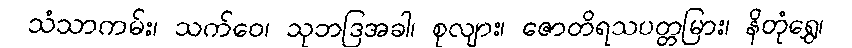
သံသာကမ်း၊ သက်ဝေ၊ သုဘဒြအခါ၊ စုလျား၊ ဇောတိရသပတ္တမြား၊ နိတုံရွှေ၊